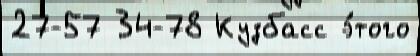
27-57 34-78 Кузбасс э́того